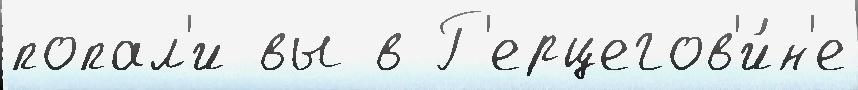
попал'и вы в Г'ерцегов'и́н'е